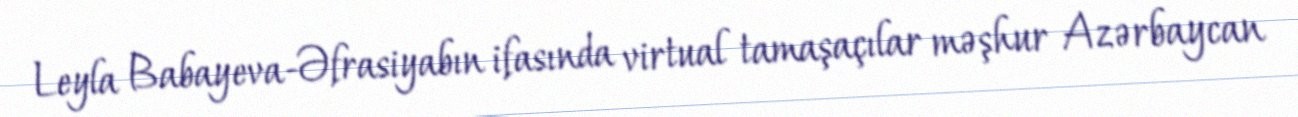
Leyla Babayeva-Əfrasiyabın ifasında virtual tamaşaçılar məşhur Azərbaycan